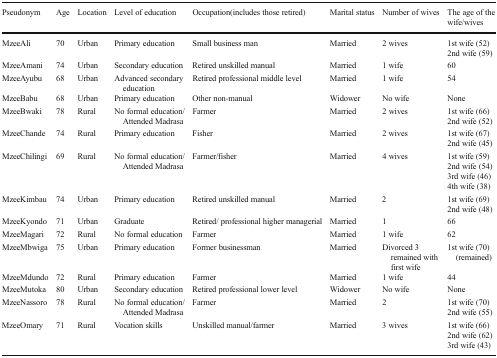
| Pseudonym | Age | Location | Level of education | Occupation(includes those retired) | Marital status | Number of wives | The age of the wife/wives |
 | --- | --- | --- | --- | --- | --- | --- | --- |
 | MzeeAli | 70 | Urban | Primary education | Small business man | Married | 2 wives | 1st wife (52)2nd wife (59) |
 | MzeeAmani | 74 | Urban | Secondary education | Retired unskilled manual | Married | 1 wife | 60 |
 | MzeeAyubu | 68 | Urban | Advanced secondary education | Retired professional middle level | Married | 1 wife | 54 |
 | MzeeBabu | 68 | Urban | Primary education | Other non-manual | Widower | No wife | None |
 | MzeeBwaki | 78 | Rural | No formal education/ Attended Madrasa | Farmer | Married | 2 wives | 1st wife (66)2nd wife (52) |
 | MzeeChande | 74 | Rural | Primary education | Fisher | Married | 2 wives | 1st wife (67)2nd wife (45) |
 | MzeeChilingi | 69 | Rural | No formal education/ Attended Madrasa | Farmer/fisher | Married | 4 wives | 1st wife (59)2nd wife (54)3rd wife (46)4th wife (38) |
 | MzeeKimbau | 74 | Urban | Primary education | Retired unskilled manual | Married | 2 | 1st wife (69)2nd wife (48) |
 | MzeeKyondo | 71 | Urban | Graduate | Retired/ professional higher managerial | Married | 1 | 66 |
 | MzeeMagari | 72 | Rural | No formal education | Farmer | Married | 1 wife | 62 |
 | MzeeMbwiga | 75 | Urban | Primary education | Former businessman | Married | Divorced 3 remained with first wife | 1st wife (70) (remained) |
 | MzeeMdundo | 72 | Rural | Primary education | Farmer | Married | 1 wife | 44 |
 | MzeeMutoka | 80 | Urban | Secondary education | Retired professional lower level | Widower | No wife | None |
 | MzeeNassoro | 78 | Rural | No formal education/ Attended Madrasa | Farmer | Married | 2 | 1st wife (70)2nd wife (55) |
 | MzeeOmary | 71 | Rural | Vocation skills | Unskilled manual/farmer | Married | 3 wives | 1st wife (66)2nd wife (62)3rd wife (43) |